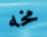
مخه